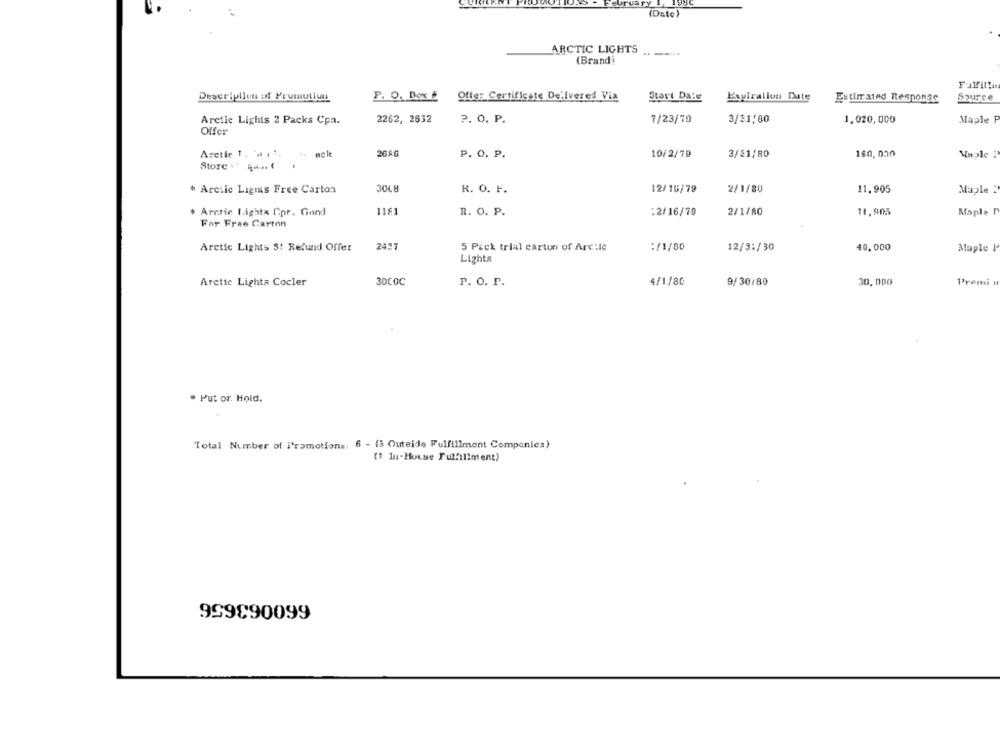
(Date)
ARCTIC LIGHTS
(Brand)
Falfilla
Description of Prumullun
F. O. Box # Offer Certificate Delivered Via
Start Date
Expiration Date
Source
Estimated Response
Arctic Lights 2 Packs Cpa.
2262, 2632
P. O. P.
7/23/79
3/31/80
1,020,000
Maple P
Offer
Aretie 1 . . ...
2680
P. O. P.
10/2/79
3/81/80
160, 000
Viale 1
Store :" ...
2/1/80
* Arctic Liguis Free Carton
R. O. F.
12/16/79
11.905
Maple ?'
1181
2/1/80
11,905
Arctic I.ighta Cpr. Gand
R. O. P.
:2/16/79
Maple D
For Free Carton
Arctic Lights S! Refund Offer
2497
5 Pack trial carton of Arc:le
:/1/80
12/31/30
40,000
Maple I
Lights
Arctic Lighta Cocler
30COC
P. O. P.
4/1/80
9/30/80
30, 000
Promi
. Put or. Hold.
Total Number of I'ramotions: 6 - (3 Outside Fulfillment Companies}
(1 In-House Fulfillment)
999890099